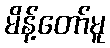
မိန့်တော်မူ